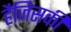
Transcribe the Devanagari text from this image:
हैजिसकी